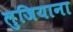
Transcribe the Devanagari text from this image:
लुजियाना